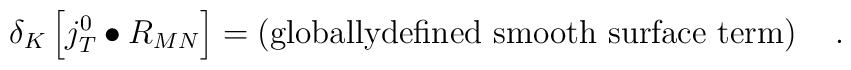
\delta _K\left[ j_T^0\bullet R_{MN}\right] =\left( \mbox{globallydefined smooth surface term}\right) \quad .